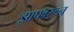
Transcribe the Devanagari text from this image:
झापवरून